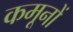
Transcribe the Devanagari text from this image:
कमूनों